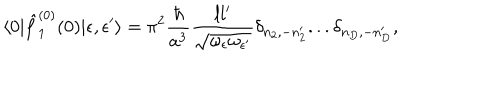
\langle 0 | { \hat { f } } _ { 1 } ^ { ( 0 ) } ( 0 ) | \epsilon , \epsilon ^ { \prime } \rangle = \pi ^ { 2 } { \frac { \hbar } { a ^ { 3 } } } { \frac { l l ^ { \prime } } { \sqrt { \omega _ { \epsilon } \omega _ { \epsilon ^ { \prime } } } } } \delta _ { n _ { 2 } , - n _ { 2 } ^ { \prime } } . . . \delta _ { n _ { D } , - n _ { D } ^ { \prime } } ,